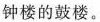
钟楼的鼓楼。